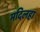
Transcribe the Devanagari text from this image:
मदिलहा